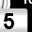
Digit: 5